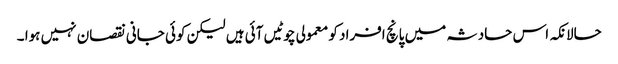
حالانکہ اس حادثہ میں پانچ افراد کو معمولی چوٹیں آئی ہیں لیکن کوئی جانی نقصان نہیں ہوا ۔